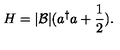
H = | { \cal B } | ( a ^ { \dagger } a + \frac { 1 } { 2 } ) .